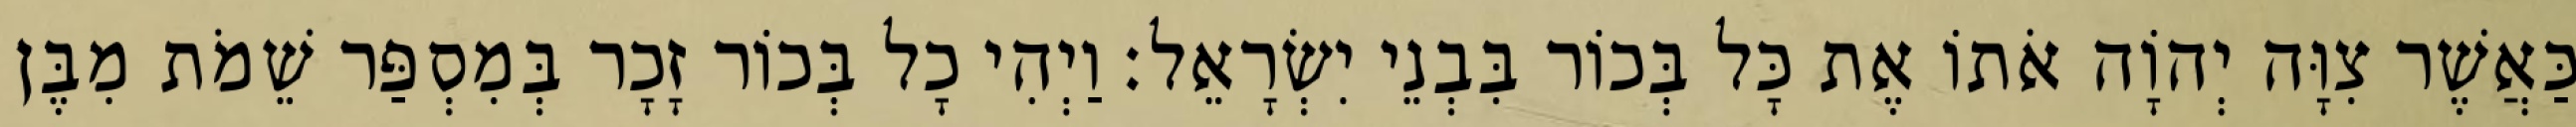
כַּאֲשֶׁר צִוָּה יְהוָֹה אֹתוֹ אֶת כָּל בְּכוֹר בִּבְנֵי יִשְׂרָאֵל׃ וַיְהִי כָל בְּכוֹר זָכָר בְּמִסְפַּר שֵׁמֹת מִבֶּן